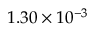
1 . 3 0 \times 1 0 ^ { - 3 }